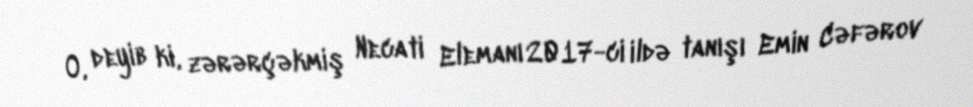
O, deyib ki, zərərçəkmiş Necati Elemanı 2017-ci ildə tanışı Emin Cəfərov